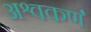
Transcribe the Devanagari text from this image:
अश्वकर्ण